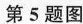
第5题图